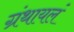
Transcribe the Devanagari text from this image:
ग्रंथायलं